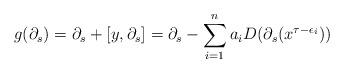
LaTeX: \begin{align*}g(\partial_s)=\partial_s+[y,\partial_s]=\partial_s-\sum_{i=1}^n a_iD(\partial_s(x^{\tau-\epsilon_i}))\end{align*}